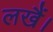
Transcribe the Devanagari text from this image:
लखैं।